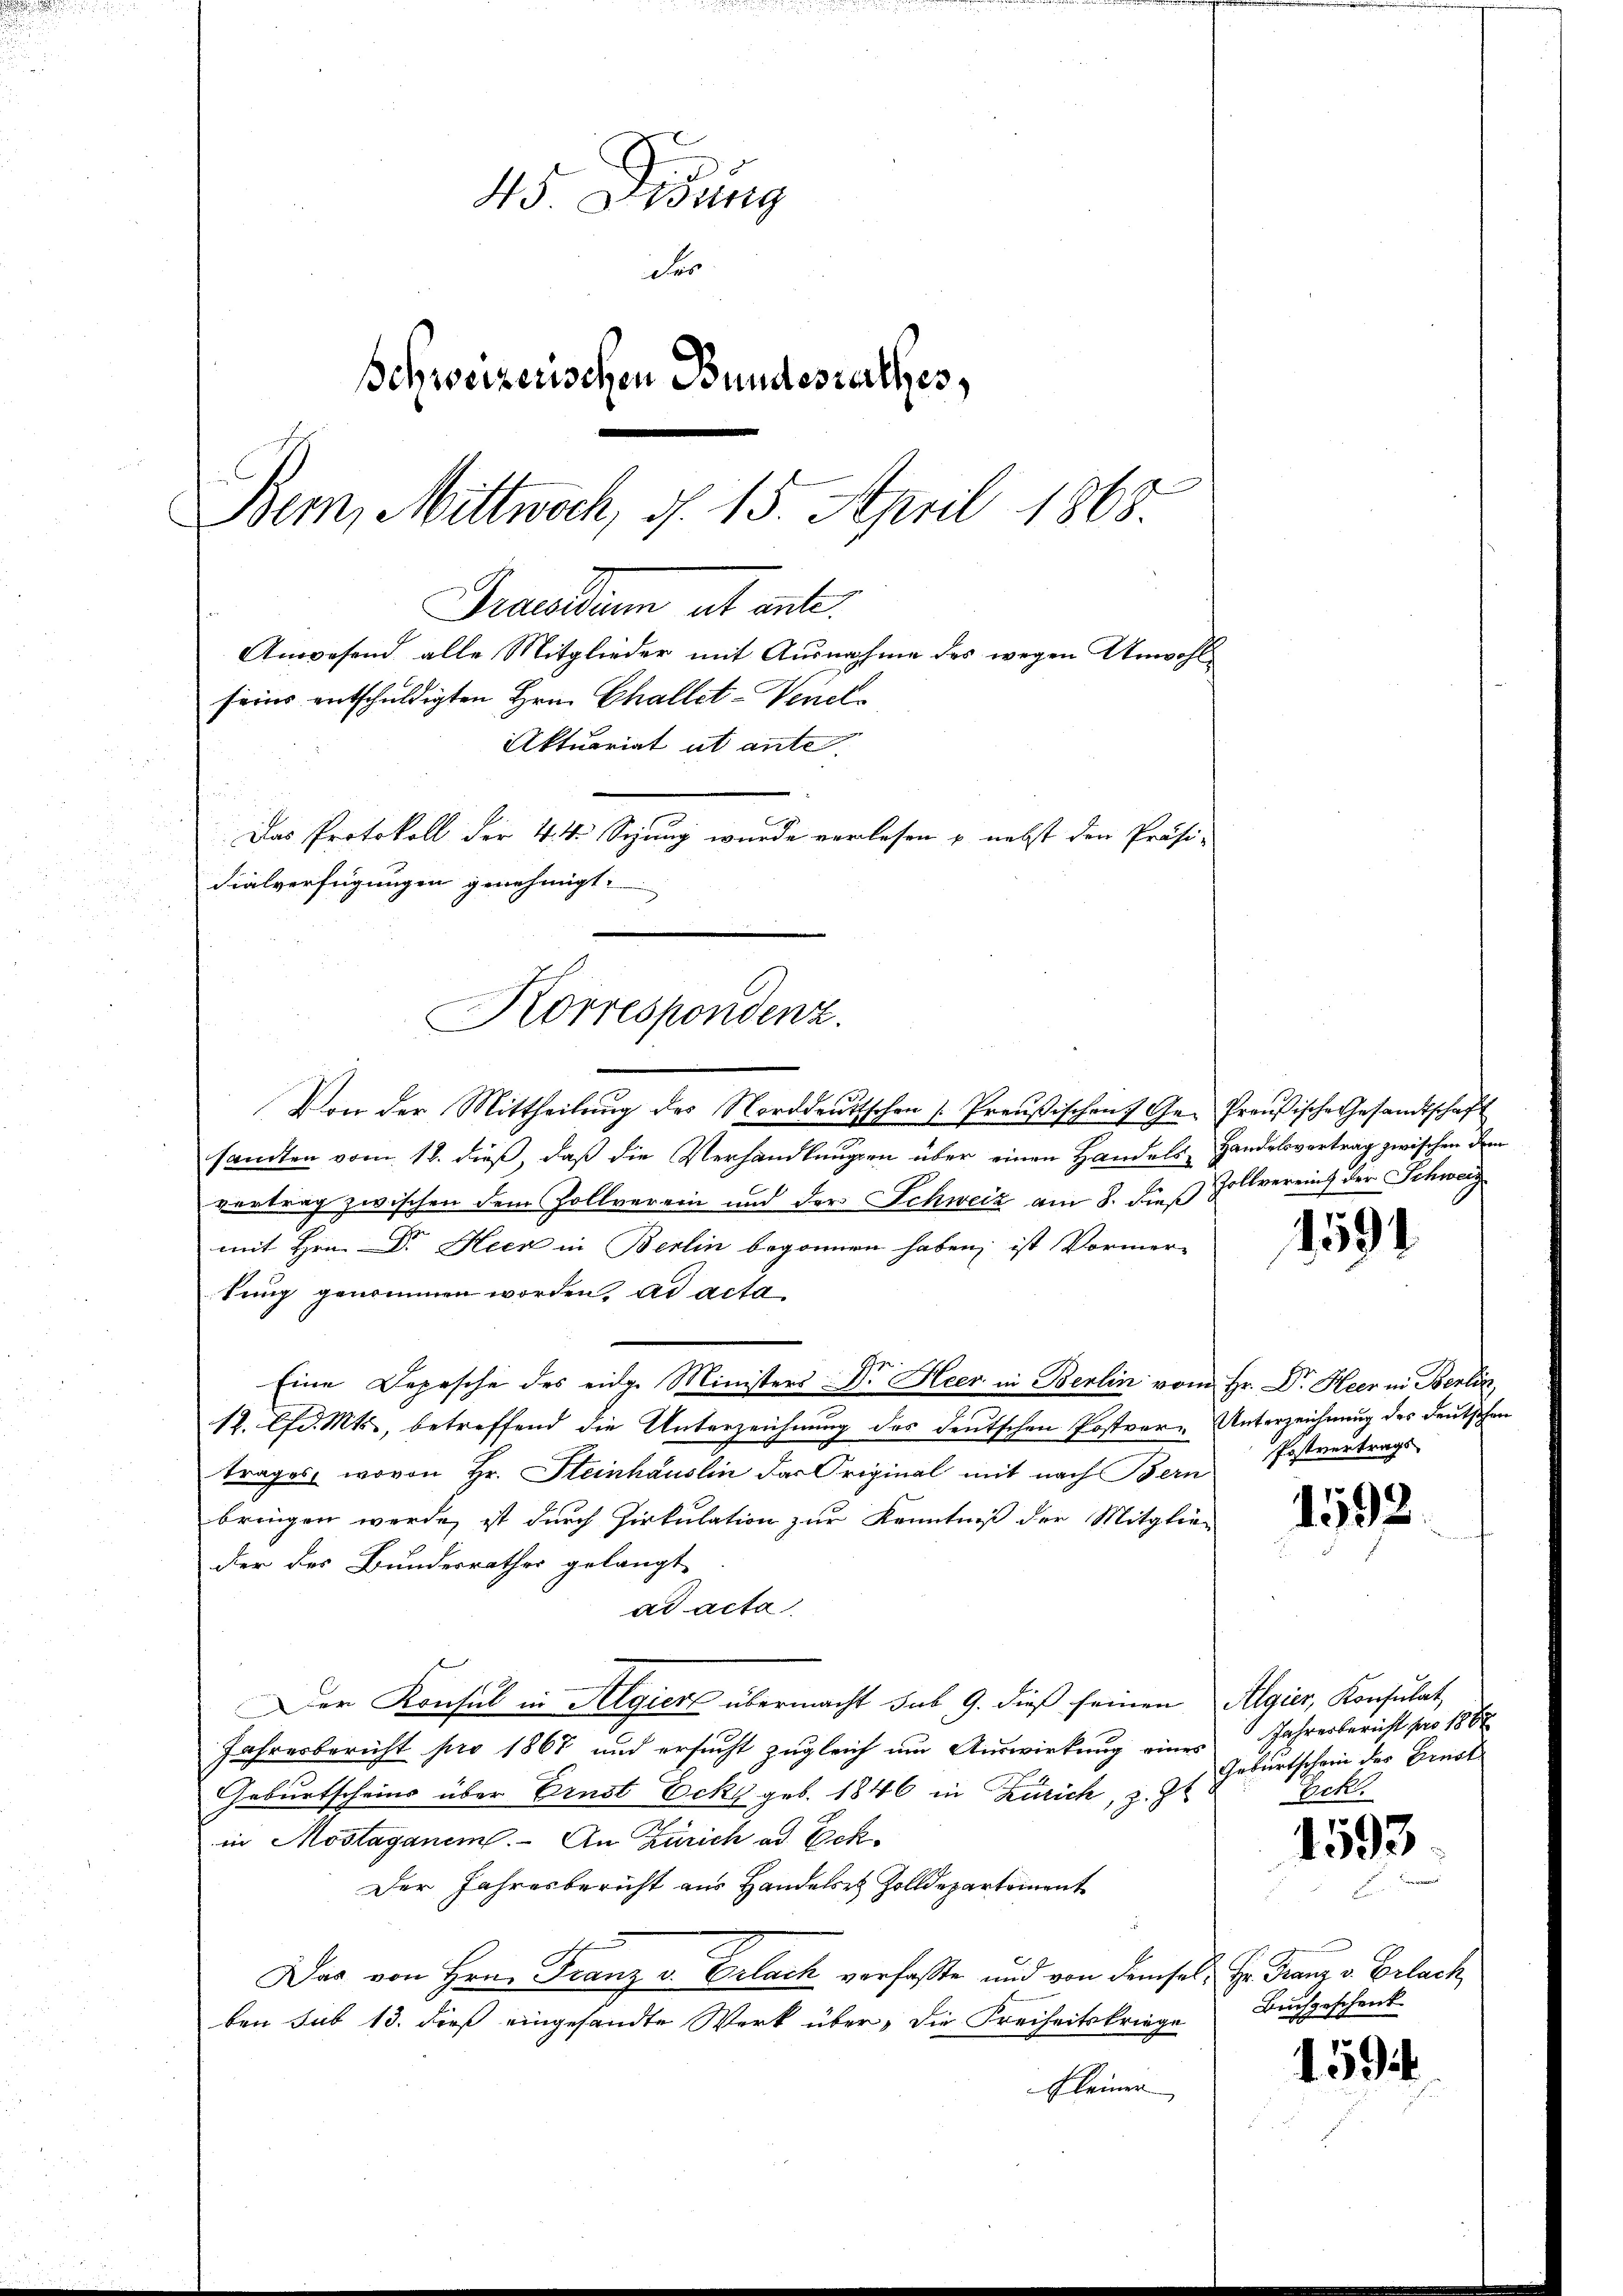
dialverfügungen genehmigt.
Korrespondenz.

45. Didung
der
Schweizerischen Bundesrathes,
Bem, Mittwoch, d. 15. April 1865.
Praesiduum et ante.
Anwesend alle Mitglieder mit Ausnahme des wegen Unwohlfeins entschuldigten Hrn. Challet-Venel¬
Aktuariat ut ante
Das Protokoll der 44. Sizung wurde verlesen u. nebst den Präsi-

Von der Mittheilŭng des Norddeutschen Preußischen 7 Ge- Preußische Gesandtschaft
sandten vom 18. dieß, daß die Verhandlungen über einen Handels Handelsvertrag zwischen dem
vertrag zwischen dem Zollverein und der Schweiz am 8. des Zollvereins der Schweiz
mit Hrn. Dr. Heer in Berlin begonnen haben, ist Vormer-
kung genommen worden, ad acta
Eine Depesche des eiden Ministers Dr. Heer in Berlin vom
12. lfd. Mts., betreffend die Unterzeichnung des deutschen Postver- Unterzeichnung des deutschen
trages, wovon Hr. Steinhäuslin das Original mit nach Bern
bringen werde, ist durch Zirkulation zur Kenntniß der Mitglie-
der des Bundesrathes gelangt
ad acta
Der Konsul in Algiert übermacht sub 9. dieß seinen Algier, Konsulat,
Jahresbericht pro 1867 und ersucht zugleich um Auswirkung eines
Geburtscheins über Ernst Ecky geb. 1846 in Zürich, z. Z
in Mostaganem. An Zürich ad Eck
Der Jahresbericht aus Handelst Zolldepartement
Das von Hrn. Franz v. Erlach verfaßte und von demsel. Hr. Franz v. Erlach
ben sub 13. dieß eingesandte Werk über, die Freiheitskriege
Kleiner

15191

Hr. Dr. Heer in Berlin,
Postvertrags

1592.

Jahresbericht pro 1862
Geburtschein der Ernst
Zek.

1593

Buchgeschenk

1594